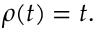
\rho ( t ) = t .